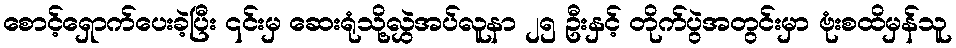
စောင့်ရှောက်ပေးခဲ့ပြီး ၎င်းမှ ဆေးရုံသို့လွှဲအပ်လူနာ ၂၅ ဦးနှင့် တိုက်ပွဲအတွင်းမှာ ဗုံးစထိမှန်သူ